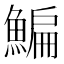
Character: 鯿